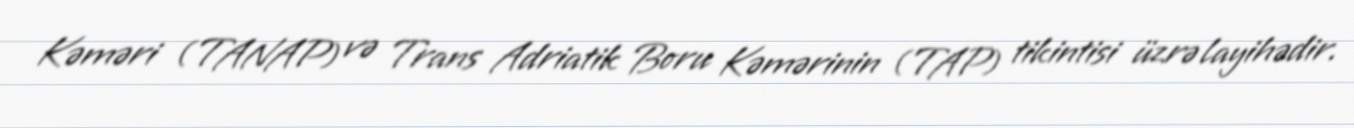
Kəməri (TANAP) və Trans Adriatik Boru Kəmərinin (TAP) tikintisi üzrə layihədir.